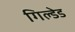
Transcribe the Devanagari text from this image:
गिल्डेड